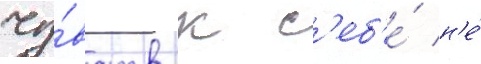
чу́вств к с'еб'е́ н'е́